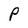
Character: P